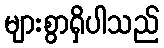
များစွာရှိပါသည်